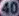
40